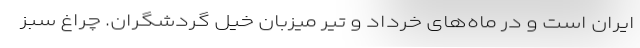
ایران است و در ماه‌های خرداد و تیر میزبان خیل گردشگران. چراغ سبز